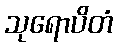
သုရောပိတံ